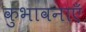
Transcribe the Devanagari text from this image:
कुभावनाएँ